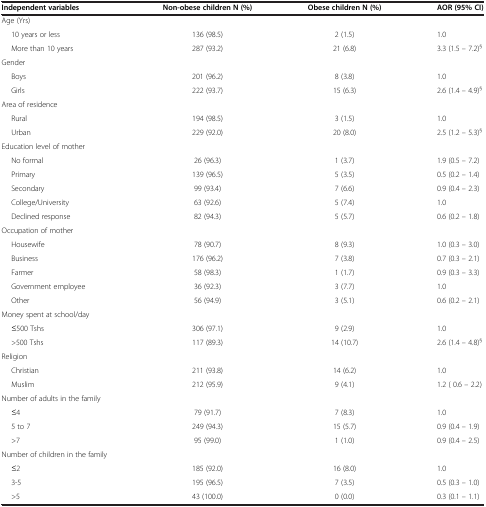
<table><thead><tr><td><b>Independent variables</b></td><td><b>Non-obese children N (%)</b></td><td><b>Obese children N (%)</b></td><td><b>AOR (95% CI)</b></td></tr></thead><tbody><tr><td>Age (Yrs)</td><td> </td><td> </td><td> </td></tr><tr><td>10 years or less</td><td>136 (98.5)</td><td>2 (1.5)</td><td>1.0</td></tr><tr><td>More than 10 years</td><td>287 (93.2)</td><td>21 (6.8)</td><td>3.3 (1.5 – 7.2)<sup>§</sup></td></tr><tr><td>Gender</td><td> </td><td> </td><td> </td></tr><tr><td>Boys</td><td>201 (96.2)</td><td>8 (3.8)</td><td>1.0</td></tr><tr><td>Girls</td><td>222 (93.7)</td><td>15 (6.3)</td><td>2.6 (1.4 – 4.9)<sup>§</sup></td></tr><tr><td>Area of residence</td><td> </td><td> </td><td> </td></tr><tr><td>Rural</td><td>194 (98.5)</td><td>3 (1.5)</td><td>1.0</td></tr><tr><td>Urban</td><td>229 (92.0)</td><td>20 (8.0)</td><td>2.5 (1.2 – 5.3)<sup>§</sup></td></tr><tr><td>Education level of mother</td><td> </td><td> </td><td> </td></tr><tr><td>No formal</td><td>26 (96.3)</td><td>1 (3.7)</td><td>1.9 (0.5 – 7.2)</td></tr><tr><td>Primary</td><td>139 (96.5)</td><td>5 (3.5)</td><td>0.5 (0.2 – 1.4)</td></tr><tr><td>Secondary</td><td>99 (93.4)</td><td>7 (6.6)</td><td>0.9 (0.4 – 2.3)</td></tr><tr><td>College/University</td><td>63 (92.6)</td><td>5 (7.4)</td><td>1.0</td></tr><tr><td>Declined response</td><td>82 (94.3)</td><td>5 (5.7)</td><td>0.6 (0.2 – 1.8)</td></tr><tr><td>Occupation of mother</td><td> </td><td> </td><td> </td></tr><tr><td>Housewife</td><td>78 (90.7)</td><td>8 (9.3)</td><td>1.0 (0.3 – 3.0)</td></tr><tr><td>Business</td><td>176 (96.2)</td><td>7 (3.8)</td><td>0.7 (0.3 – 2.1)</td></tr><tr><td>Farmer</td><td>58 (98.3)</td><td>1 (1.7)</td><td>0.9 (0.3 – 3.3)</td></tr><tr><td>Government employee</td><td>36 (92.3)</td><td>3 (7.7)</td><td>1.0</td></tr><tr><td>Other</td><td>56 (94.9)</td><td>3 (5.1)</td><td>0.6 (0.2 – 2.1)</td></tr><tr><td>Money spent at school/day</td><td> </td><td> </td><td> </td></tr><tr><td>≤500 Tshs</td><td>306 (97.1)</td><td>9 (2.9)</td><td>1.0</td></tr><tr><td>&gt;500 Tshs</td><td>117 (89.3)</td><td>14 (10.7)</td><td>2.6 (1.4 – 4.8)<sup>§</sup></td></tr><tr><td>Religion</td><td> </td><td> </td><td> </td></tr><tr><td>Christian</td><td>211 (93.8)</td><td>14 (6.2)</td><td>1.0</td></tr><tr><td>Muslim</td><td>212 (95.9)</td><td>9 (4.1)</td><td>1.2 ( 0.6 – 2.2)</td></tr><tr><td>Number of adults in the family</td><td> </td><td> </td><td> </td></tr><tr><td>≤4</td><td>79 (91.7)</td><td>7 (8.3)</td><td>1.0</td></tr><tr><td>5 to 7</td><td>249 (94.3)</td><td>15 (5.7)</td><td>0.9 (0.4 – 1.9)</td></tr><tr><td>&gt;7</td><td>95 (99.0)</td><td>1 (1.0)</td><td>0.9 (0.4 – 2.5)</td></tr><tr><td>Number of children in the family</td><td> </td><td> </td><td> </td></tr><tr><td>≤2</td><td>185 (92.0)</td><td>16 (8.0)</td><td>1.0</td></tr><tr><td>3-5</td><td>195 (96.5)</td><td>7 (3.5)</td><td>0.5 (0.3 – 1.0)</td></tr><tr><td>&gt;5</td><td>43 (100.0)</td><td>0 (0.0)</td><td>0.3 (0.1 – 1.1)</td></tr></tbody></table>